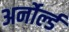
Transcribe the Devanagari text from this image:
अर्नोर्ल्ड